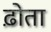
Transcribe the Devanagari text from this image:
ढ़ोता